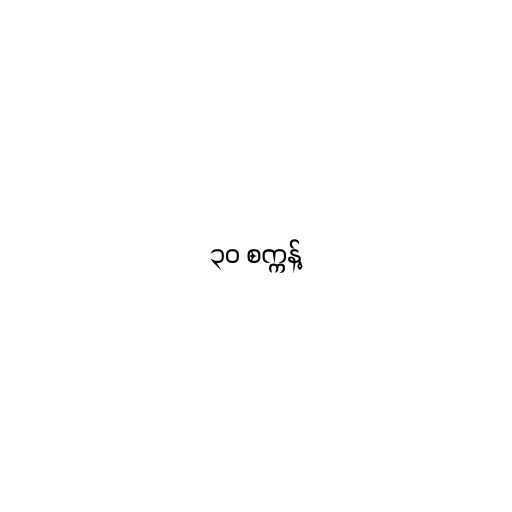
၃၀ စက္ကန့်